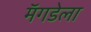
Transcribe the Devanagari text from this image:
मॅगडेला